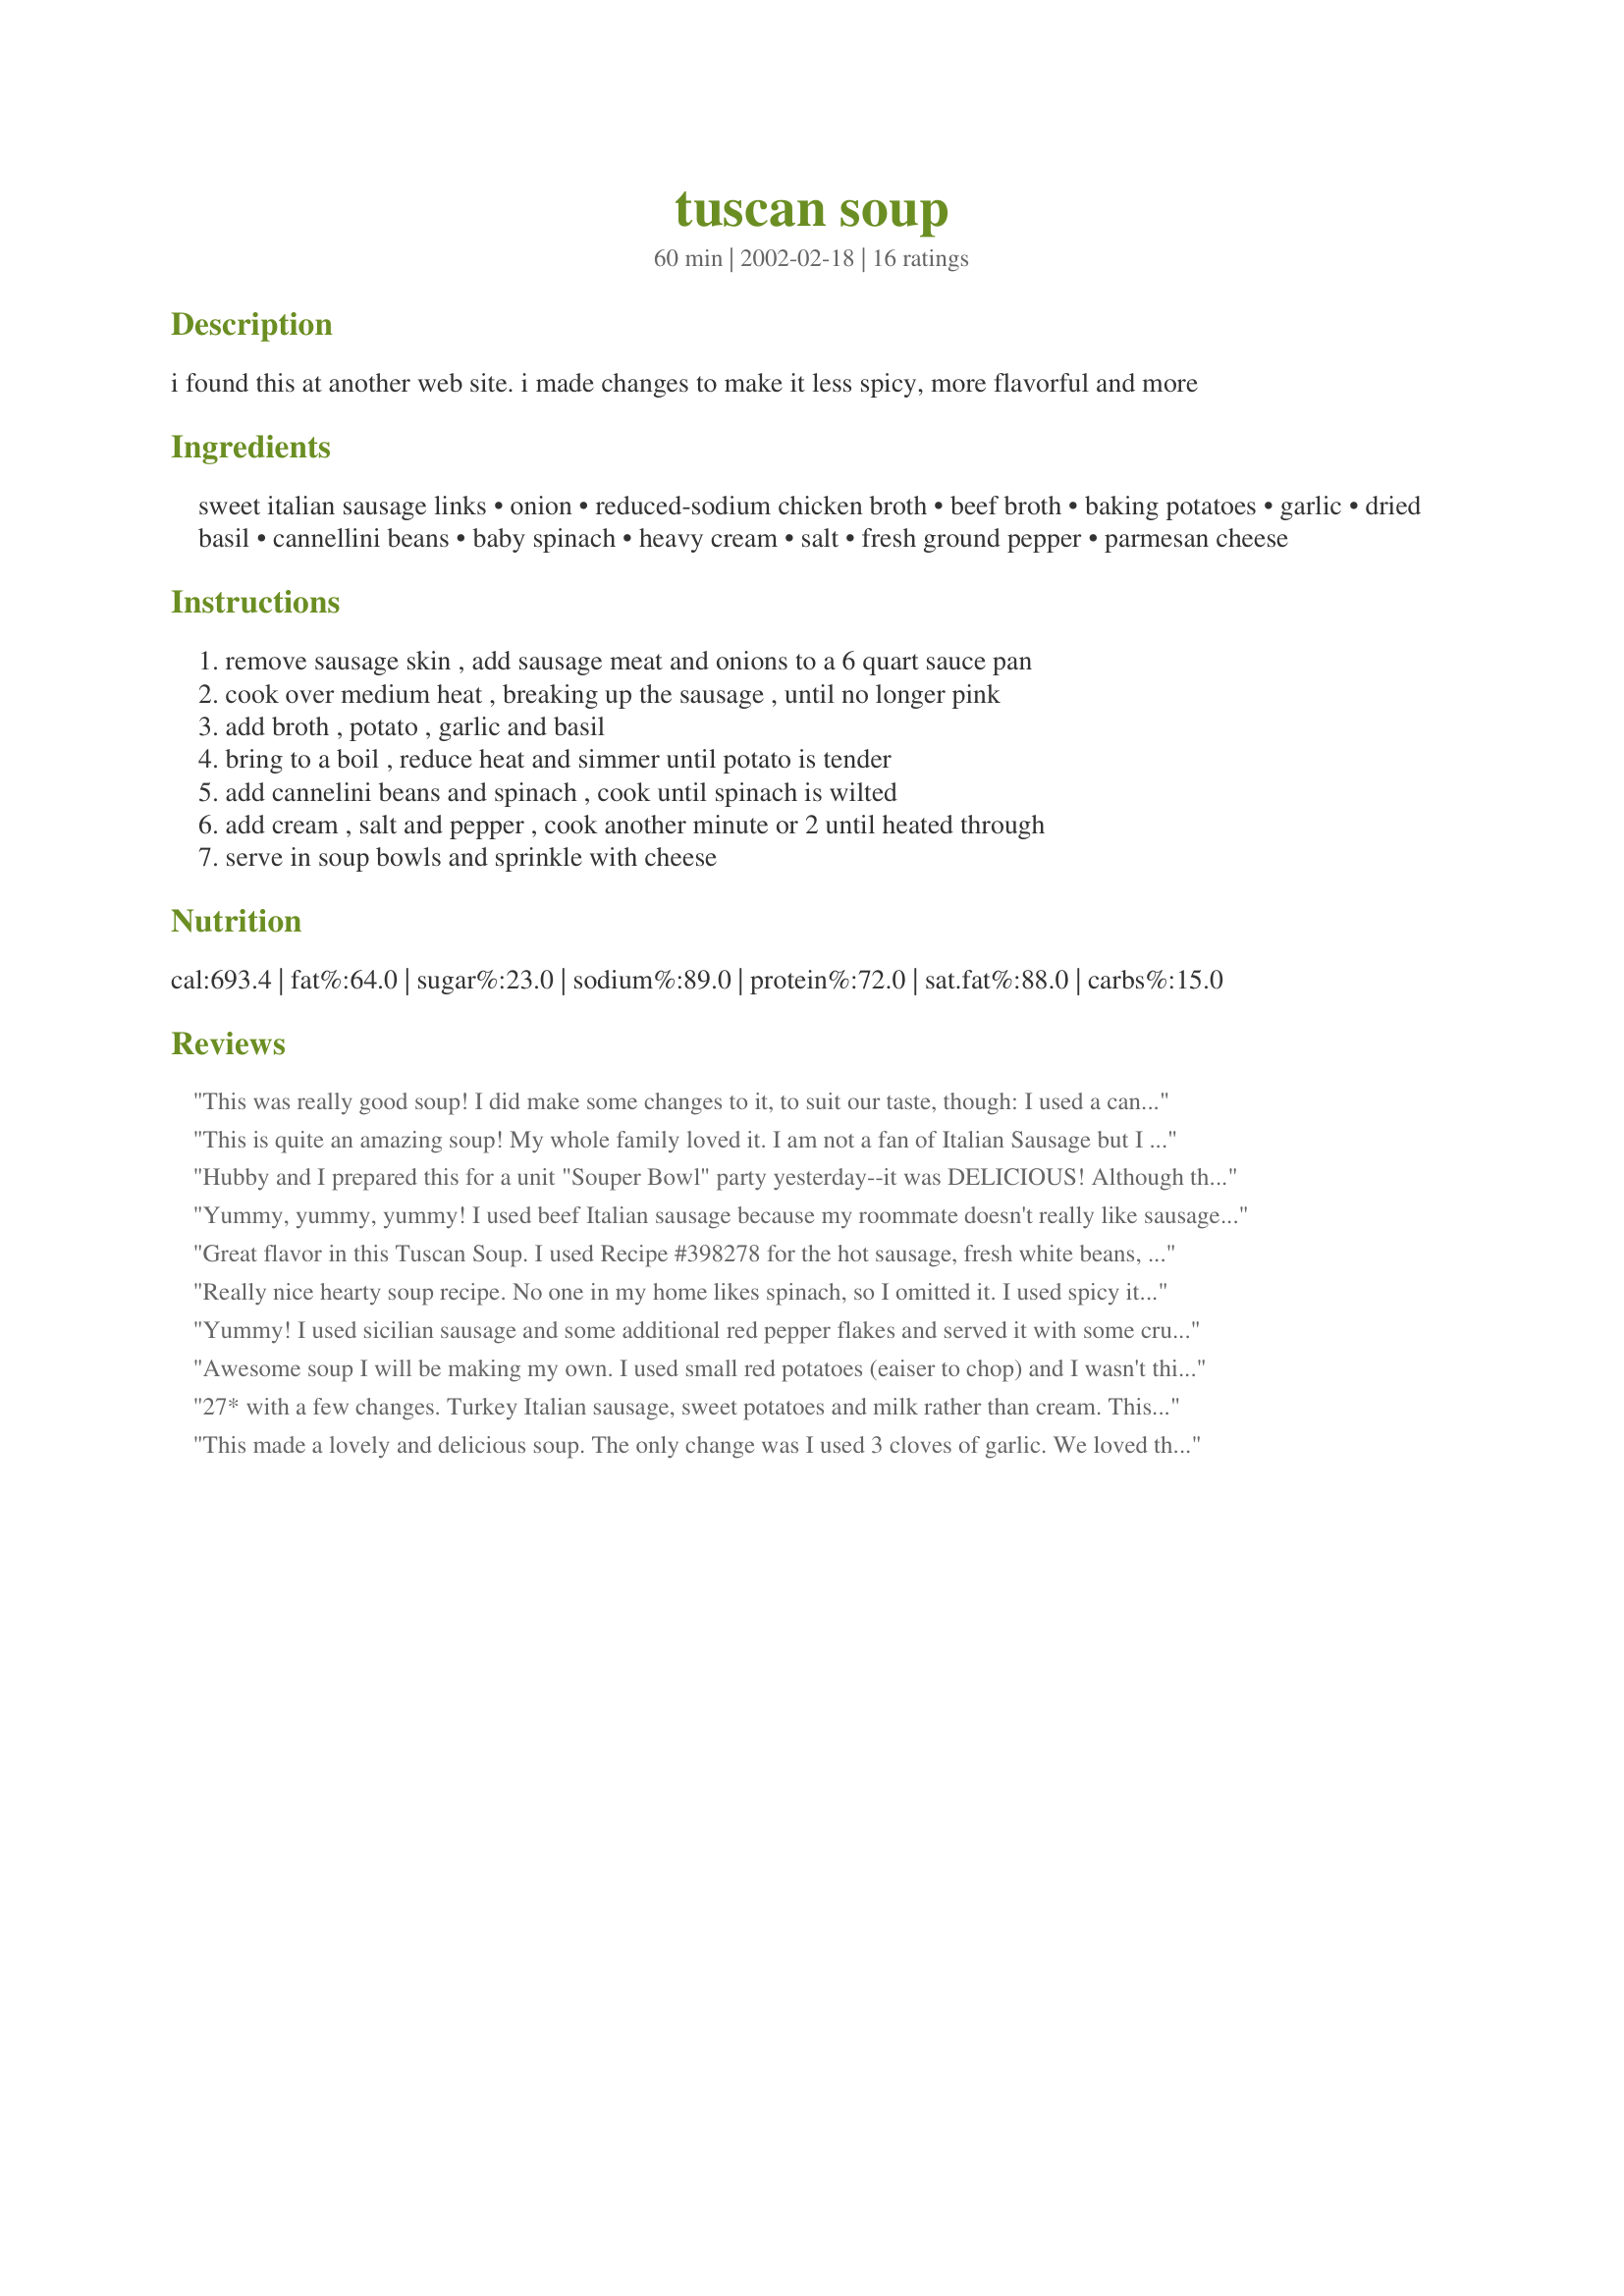
tuscan soup
Preparation time: 60 minutes

i found this at another web site. i made changes to make it less spicy, more flavorful and more

Ingredients:
sweet italian sausage links, onion, reduced-sodium chicken broth, beef broth, baking potatoes, garlic, dried basil, cannellini beans, baby spinach, heavy cream, salt, fresh ground pepper, parmesan cheese

Steps:
remove sausage skin , add sausage meat and onions to a 6 quart sauce pan, cook over medium heat , breaking up the sausage , until no longer pink, add broth , potato , garlic and basil, bring to a boil , reduce heat and simmer until potato is tender, add cannelini beans and spinach , cook until spinach is wilted, add cream , salt and pepper , cook another minute or 2 until heated through, serve in soup bowls and sprinkle with cheese

Reviews:
This was really good soup! I did make some changes to it, to suit our taste, though: I used a can of navy beans instead of the cannellini beans, and added a can of Italian style diced tomatoes (juice and all). I also used baby red potatoes instead of russet, threw in 1/2 tsp. of red pepper flakes for some heat, and diced up a small zucchini. I also used a thawed package of frozen chopped spinach instead of fresh (if you do this, be sure to squeeze it out... there's a lot of extra liquid in the frozen stuff). All in all, it had wonderful flavor and my husband was also a big fan. Thanks so much for the recipe!
This is quite an amazing soup! My whole family loved it. I am not a fan of Italian Sausage but I tried it exactly as posted and I am a fan now!! I browned the sausage and onion and then threw everything (but the spinach and cream) in a crock pot and cookedfor about 4 hours; I then added the spinach for about 15 minutes and then the cream for about 10. I forgot to add salt but it definately didn't need any and spaced on the parmesan cheese both times I ate it - perfect without - but I am sure it is quite tasty with the cheese. Thank you for a great and easy soup recipe that will take us through the winter months.
Hubby and I prepared this for a unit "Souper Bowl" party yesterday--it was DELICIOUS! Although there were probably close to 12 different soups brought in addition to appetizers, there was almost nothing left of this one. Many of the attendees asked for the recipe saying it was one of the best soups there. Instead of using baking potatoes, I used 2 1/2 cups Ore-Ida Obrien potatoes with onions and peppers from the frozen case. Besides simplifing my efforts, it added a little extra color. I also used low fat half and half instead of heavy cream to save a few calories. The parmesan cheese is a great finishing touch to a GREAT soup. Thanks for posting; we will definitely make this again.
Yummy, yummy, yummy! I used beef Italian sausage because my roommate doesn't really like sausage, and he said this was good even with the sausage in it! I don't know who you're feeding, though, Lorac, to only get 4 servings out of this recipe! We each had at least 2 bowls full of this (even the 5 yo picky picky eater), and we still had 2-4 servings leftover. :) the only other alteration was to use vegetable broth and a beef buillon (however it's spelled!) cube (didn't have beef broth). Thanks for a delicious dinner!
Great flavor in this Tuscan Soup. I used Recipe #398278 for the hot sausage, fresh white beans, fresh basil and 1/2 and 1/2. Be sure to drain the fat from the sausage before proceeding. Even though I made half a recipe we still have lots left. Served with Recipe #374928.
Really nice hearty soup recipe. No one in my home likes spinach, so I omitted it. I used spicy italian sausage, and added a little sugar, which gave it a really nice flavor. It may have been overkill in starches, but I added 1/2 cup of barley and 1 cup of small ziti noodles, and everyone really liked it. Great winter soup! Thanks!
Yummy! I used sicilian sausage and some additional red pepper flakes and served it with some crusty sourdough. Amazing soup and on the table in no time. This will be a winter staple on my table!
Awesome soup I will be making my own. I used small red potatoes (eaiser to chop) and I wasn't thinking and accidentally put the whole carton of beef broth after a whole carton of chicken broth. We really enjoyed the darker flavor anyway so that was a good accident. I doubled the onion, garlic and basil and did as one review suggested and served the soup OVER the spinach. I hate beans but was actually ok with the canellinies. I would love to know what the original spices were as we like it HOT! Next time I will drain the fat off the sausage and try it with kale. The spinach was good, I just like to experiment! Thanks for a great soup I can't wait to make again!
27* with a few changes. Turkey Italian sausage, sweet potatoes and milk rather than cream. This is a keeper.
This made a lovely and delicious soup. The only change was I used 3 cloves of garlic. We loved the flavor of the sweet Italian sausage. This made a nice, hearty, easy mid-week meal. I served it with Italian bread and a glass of merlot. Thanks Lorac :D
Delightfully rich and delicious! I made this exactly as posted and couldn't have enjoyed it more.
This soup was so good and so fast to make. The only thing I changed was to leave the heavy cream out and it tasted great. Felt like a bite full of goodness with each spoon.
Our family loves this soup! I slice the potatoes rather than cube, double the spices, add an extra 2 cups of broth, about 1/8 - 1/4 cup bacon bits (sounds disgusting I know, but it really makes it) and we sometimes leave out the cream. SO yummy!
The minute this showed up in the batch of new recipes yesterday one word entered my mind, "Dinner!!!" I left out the cream and cheese, and it was a perfect weekday winter meal, with some whole wheat rolls on the side and a veggie-laden salad. Thanks Lorac, it's great!
This is by far the BEST soup I have ever had! The only changes I made were that I used brats instead of italian sausage and like NurseDi...I used extra garlic (5 cloves)and for some reason stupid me left the beans out. This was a big hit at our house and I will be making it over and over this winter. Tonight when we heat the soup up I'll be sure to add the beans. Thanks Lorac...I now have a new favorite soup!
This soup was good, but the next time I will make a couple of changes. First thing I would change would be the amount of Spinich. The spinich was way too overpowering for my family's taste buds. Also, I used the Ore-Ida Obrien potatoes which made this a very easy and a no fuss meal.
